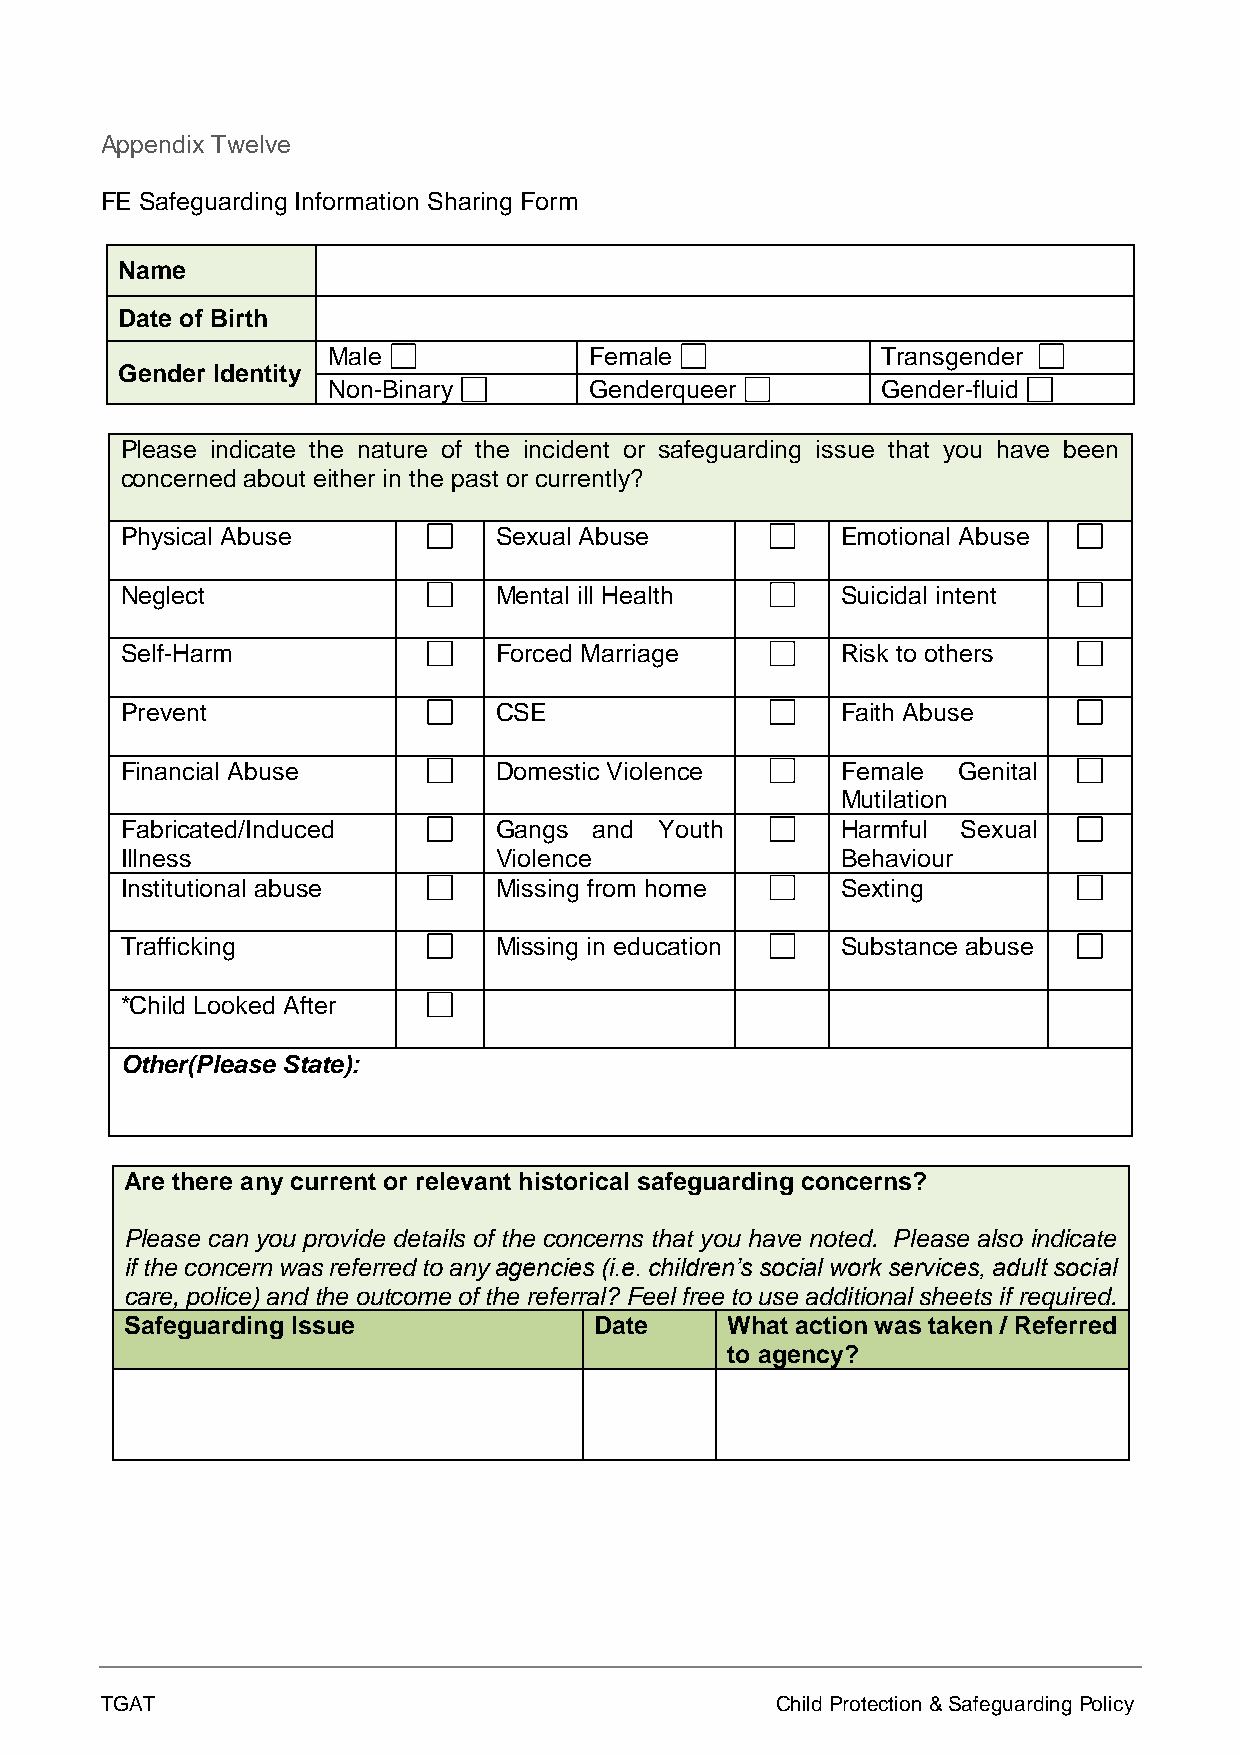
Appendix Twelve
 FE Safeguarding Information Sharing Form
 Name
 Date of Birth
 Male             Female             Transgender
 Gender Identity
 Non-Binary       Genderqueer        Gender-fluid
 Please indicate the nature of the incident or safeguarding issue that you have been
 concerned about either in the past or currently?
 Physical Abuse           Sexual Abuse           Emotional Abuse
 Neglect                  Mental ill Health      Suicidal intent
 Self-Harm                Forced Marriage        Risk to others
 Prevent                  CSE                    Faith Abuse
 Financial Abuse          Domestic Violence      Female Genital
 Mutilation
 Fabricated/Induced       Gangs and  Youth       Harmful Sexual
 Illness                  Violence               Behaviour
 Institutional abuse      Missing from home      Sexting
 Trafficking              Missing in education   Substance abuse
 *Child Looked After
 Other(Please State):
 Are there any current or relevant historical safeguarding concerns?
 Please can you provide details of the concerns that you have noted. Please also indicate
 if the concern was referred to any agencies (i.e. children’s social work services, adult social
 care, police) and the outcome of the referral? Feel free to use additional sheets if required.
 Safeguarding Issue             Date     What action was taken / Referred
 to agency?
 TGAT                                        Child Protection & Safeguarding Policy